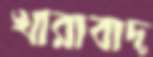
খারাবাদ